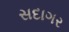
સદાગર